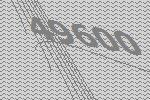
49600